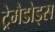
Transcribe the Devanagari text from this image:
ट्रेमैडोड्स